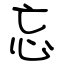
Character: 忘